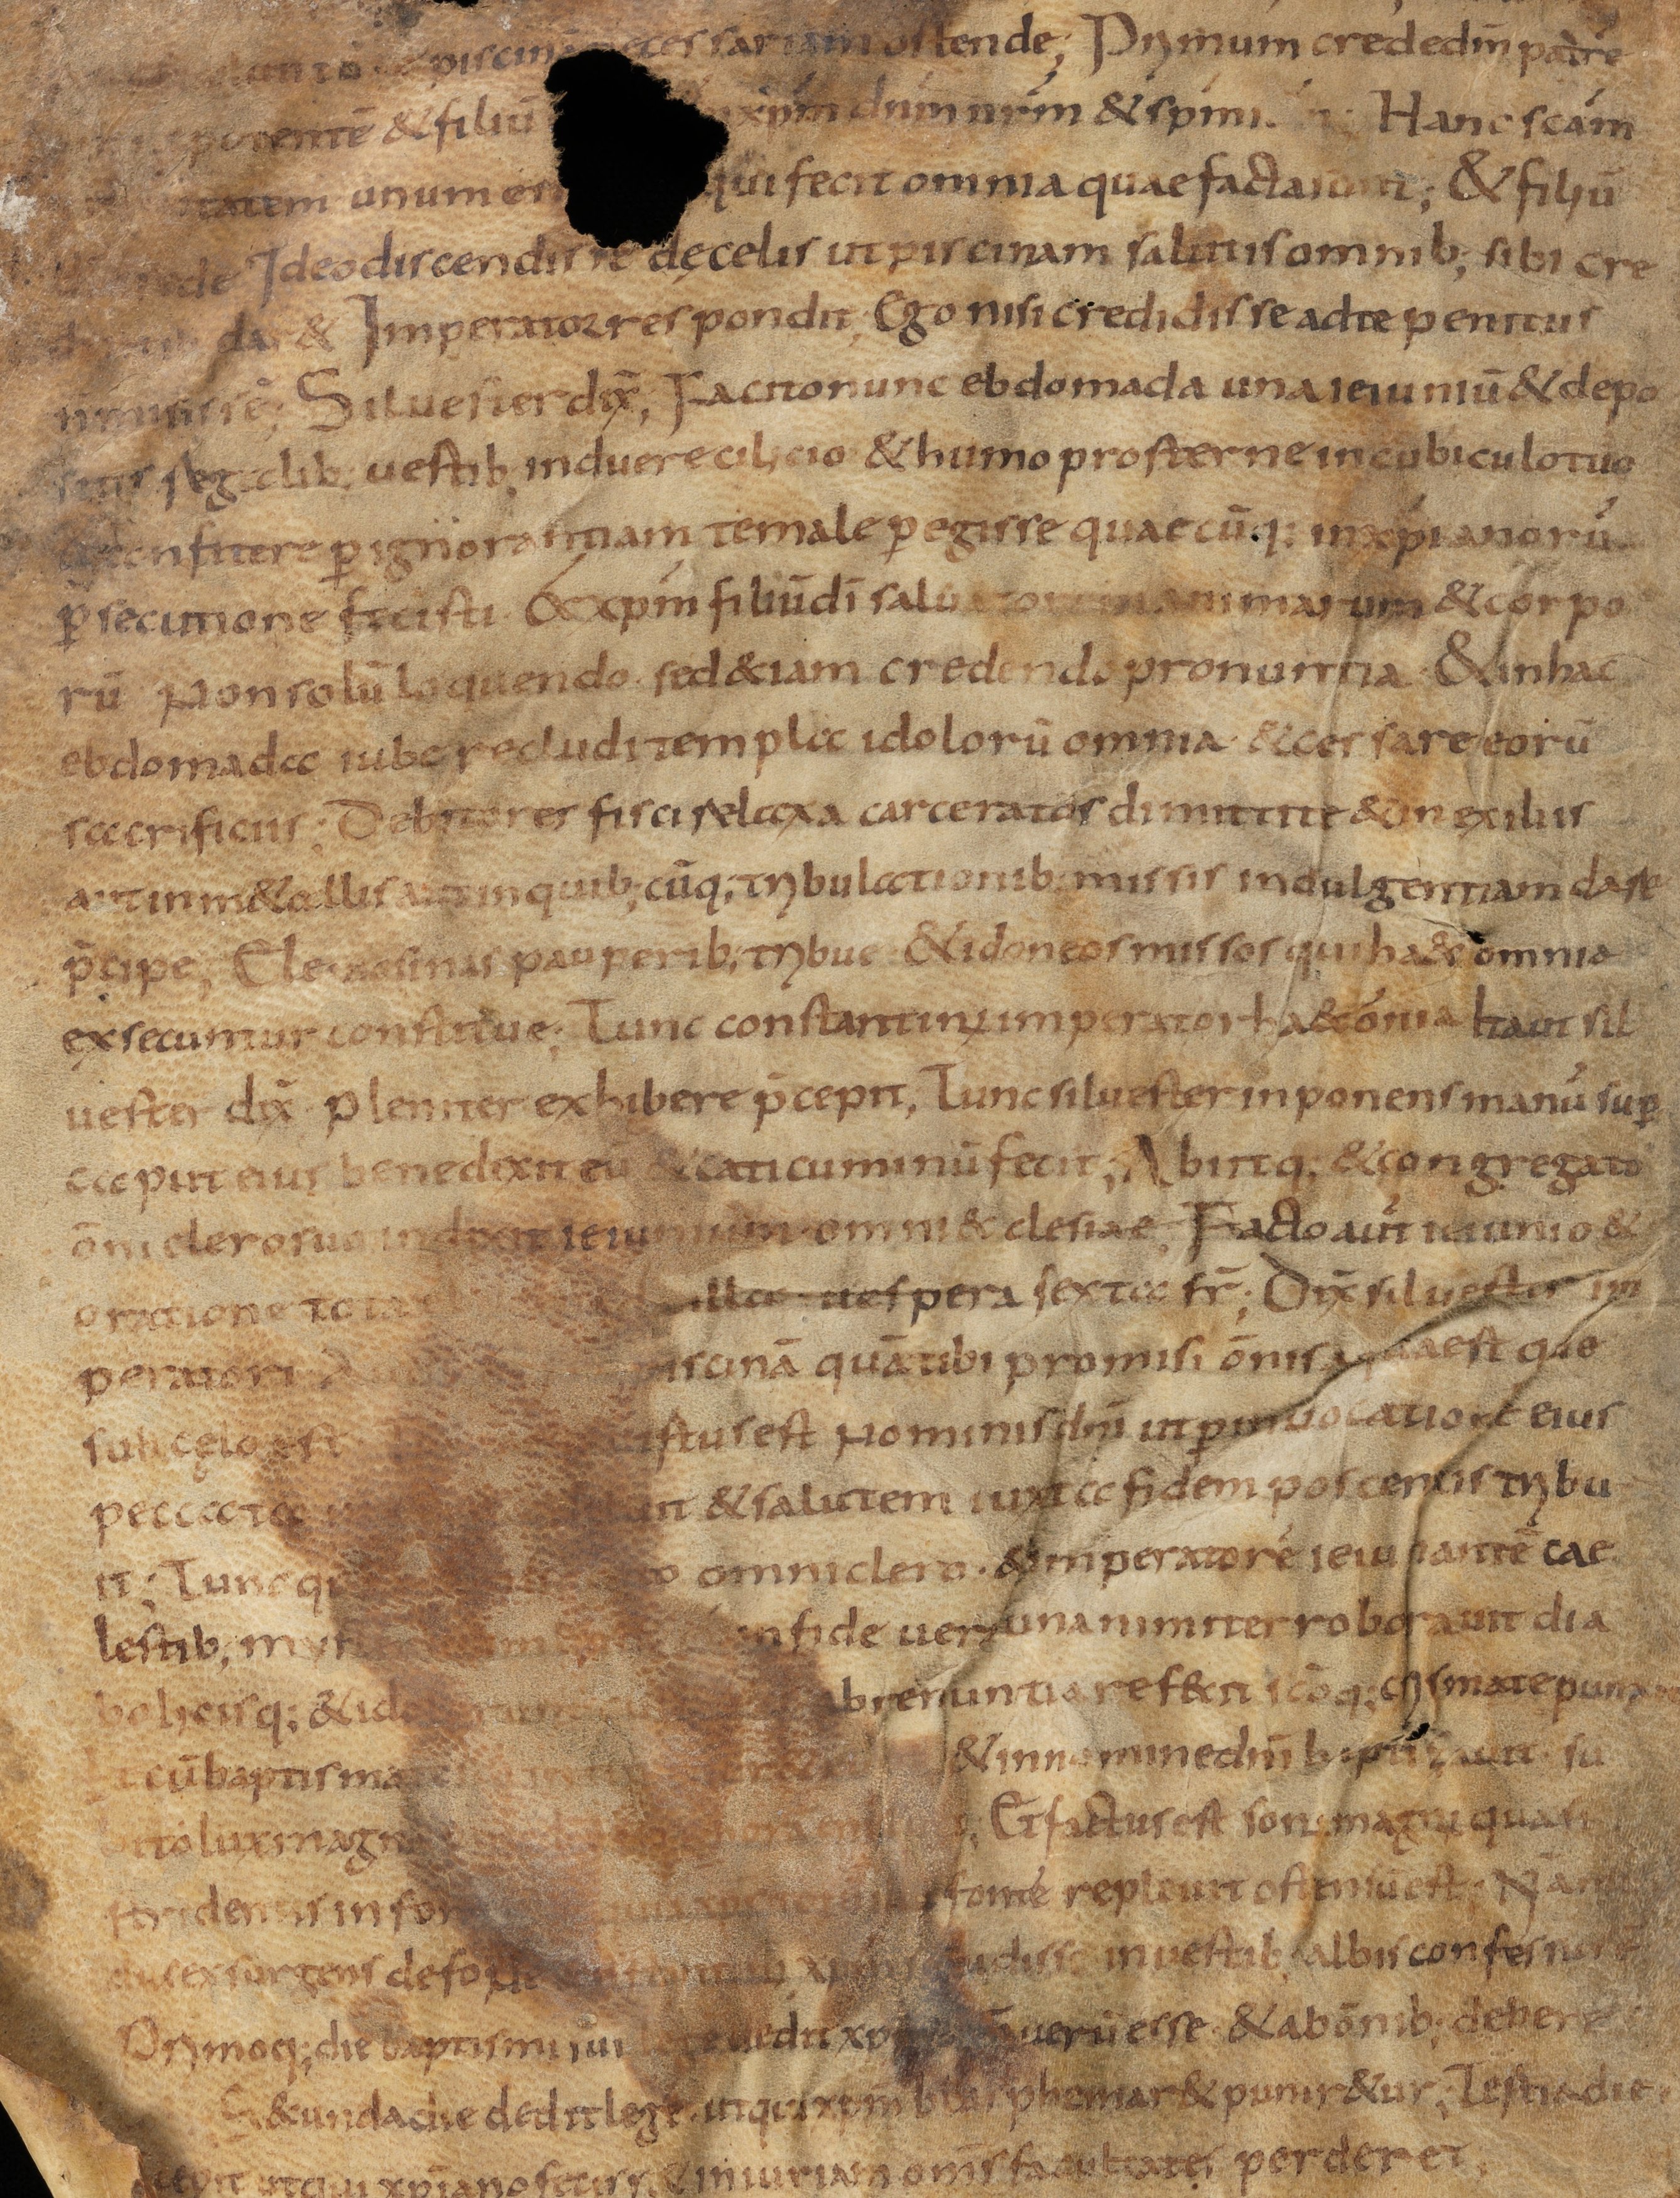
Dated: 800–849